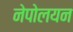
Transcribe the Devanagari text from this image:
नेपोलयन